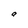
Character: a